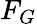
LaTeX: F_{G}